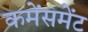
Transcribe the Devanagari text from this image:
कमेंसमेंट